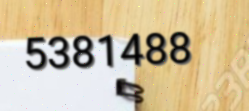
5381488